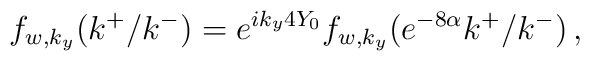
f_{w,k_y}(k^+/ k^-) =e^{i k_y  4 Y_0} f_{w,k_y}(e^{- 8\alpha}k^+/ k^-)\,,